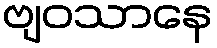
ဗျဝသာနေ